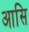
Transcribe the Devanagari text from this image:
आसि